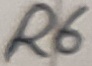
Text: R6